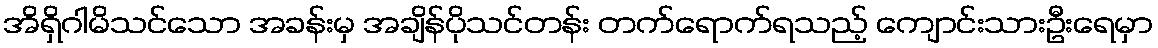
အိရှိဂါမိသင်သော အခန်းမှ အချိန်ပိုသင်တန်း တက်ရောက်ရသည့် ကျောင်းသားဦးရေမှာ